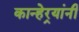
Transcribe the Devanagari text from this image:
कान्हेर्‍यांनी